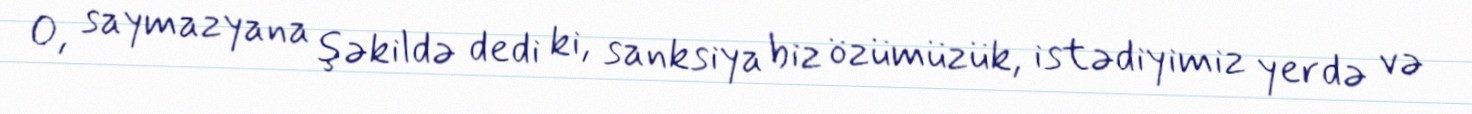
O, saymazyana şəkildə dedi ki, sanksiya biz özümüzük, istədiyimiz yerdə və